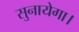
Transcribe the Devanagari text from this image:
सुनायेगा।